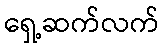
ရှေ့ဆက်လက်